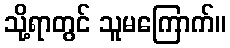
သို့ရာတွင် သူမကြောက်။